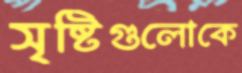
সৃষ্টিগুলোকে